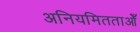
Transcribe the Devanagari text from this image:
अनियमितताओँ